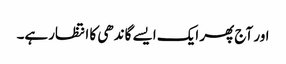
اور آج پھر ایک ایسے گاندھی کا انتظارہے۔